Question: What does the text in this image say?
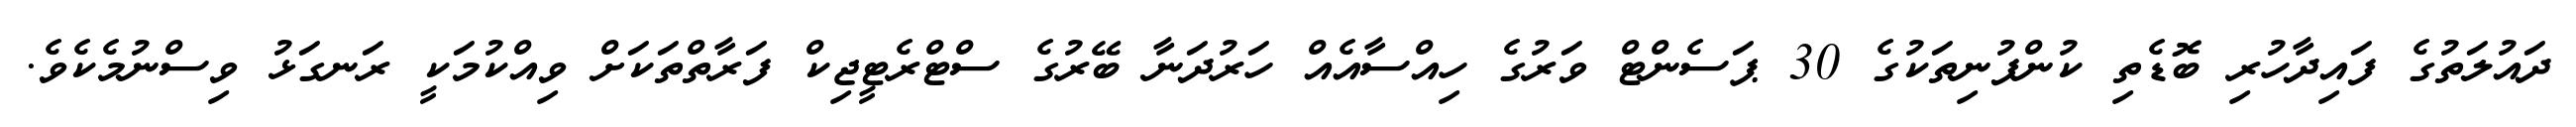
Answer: ދައުލަތުގެ ފައިދާހުރި ބޮޑެތި ކުންފުނިތަކުގެ 30 ޕަސެންޓް ވަރުގެ ހިއްސާއެއް ހަރުދަނާ ބޭރުގެ ސްޓްރެޓީޖިކް ފަރާތްތަކަށް ވިއްކުމަކީ ރަނގަޅު ވިސްނުމެކެވެ.